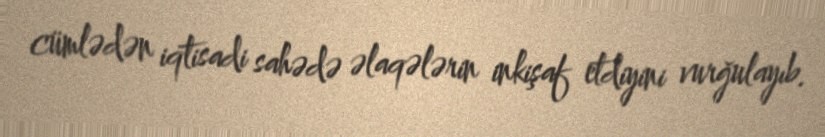
cümlədən iqtisadi sahədə əlaqələrin inkişaf etdiyini vurğulayıb.